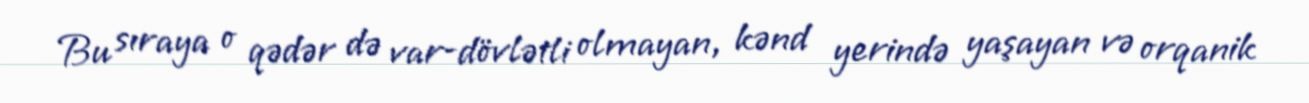
Bu sıraya o qədər də var-dövlətli olmayan, kənd yerində yaşayan və orqanik